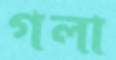
গলা